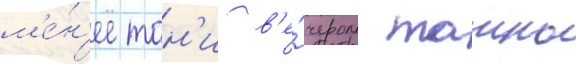
м'е́н'ее тон'и в'е́чером таино